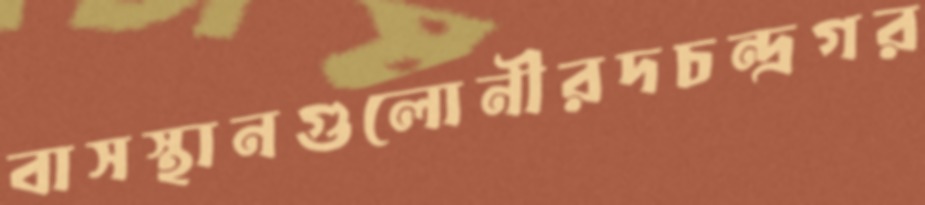
বাসস্থানগুলোনীরদচন্দ্রগর